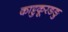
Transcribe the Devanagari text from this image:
काट्टुकूरङङु